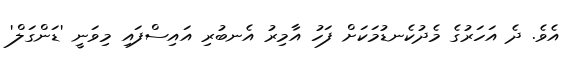
އެވެ. ދެ އަހަރުގެ މެދުކެނޑުމަކަށް ފަހު އާމިރު އެނބުރި އައިސްފައި މިވަނީ 'ޑަންގަލް'